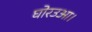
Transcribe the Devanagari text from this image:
घोरउआ।